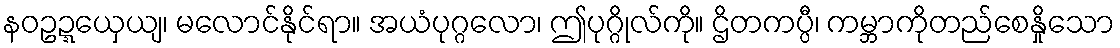
နဝဥဍ္ဍယှေယျ၊ မလောင်နိုင်ရာ။ အယံပုဂ္ဂလော၊ ဤပုဂ္ဂိုလ်ကို။ ဌိတကပ္ပီ၊ ကမ္ဘာကိုတည်စေနှိုသော